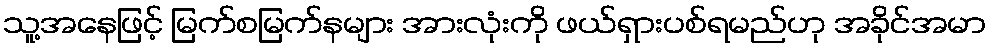
သူ့အနေဖြင့် မြက်စမြက်နများ အားလုံးကို ဖယ်ရှားပစ်ရမည်ဟု အခိုင်အမာ